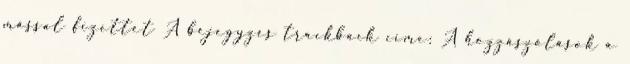
mással fizettet A bejegyzés trackback címe: A hozzászólások a